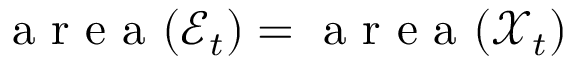
\mathrm { ~ a ~ r ~ e ~ a ~ } ( \mathcal { E } _ { t } ) = \mathrm { ~ a ~ r ~ e ~ a ~ } ( \mathcal { X } _ { t } )